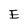
Character: E